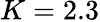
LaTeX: K=2.3